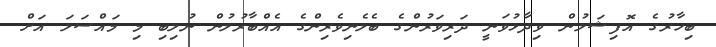
ބިހާރުގެ އޮފިޝަލުން ވިދާޅުވަނީ ދަރިވަރުންގެ ބެލެނިވެރިންގެ އެއްބާރުލުން ނުލިބި މި މައްސަލަ އަށް